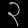
Digit: ၃